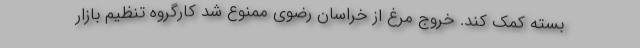
بسته کمک کند. خروج مرغ از خراسان رضوی ممنوع شد کارگروه تنظیم بازار